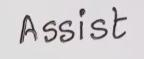
Assist